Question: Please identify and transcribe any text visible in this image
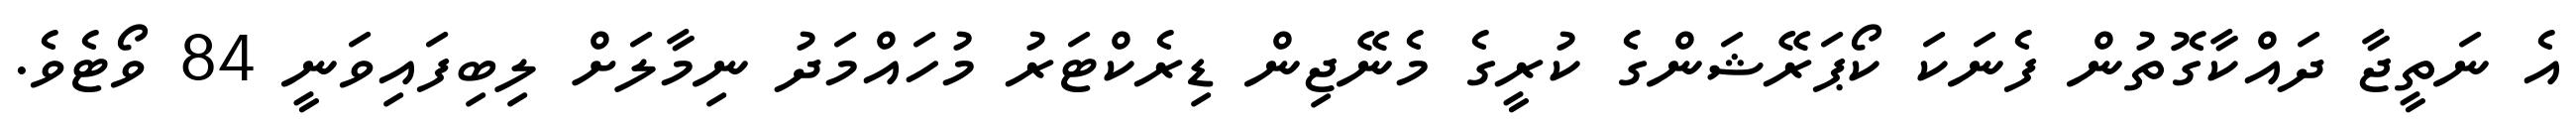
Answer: އެ ނަތީޖާ ދައްކާގޮތުން ފެނަކަ ކޯޕަރޭޝަންގެ ކުރީގެ މެނޭޖިން ޑިރެކްޓަރު މުހައްމަދު ނިމާލަށް ލިބިފައިވަނީ 84 ވޯޓެވެ.